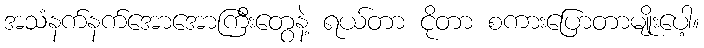
အသံနက်နက်အောအောကြီးတွေနဲ့ ရယ်တာ ငိုတာ စကားပြောတာမျိုးပေါ့။